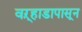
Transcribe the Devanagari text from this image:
वऱ्हाडापासून